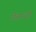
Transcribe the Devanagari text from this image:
रोलान्दो